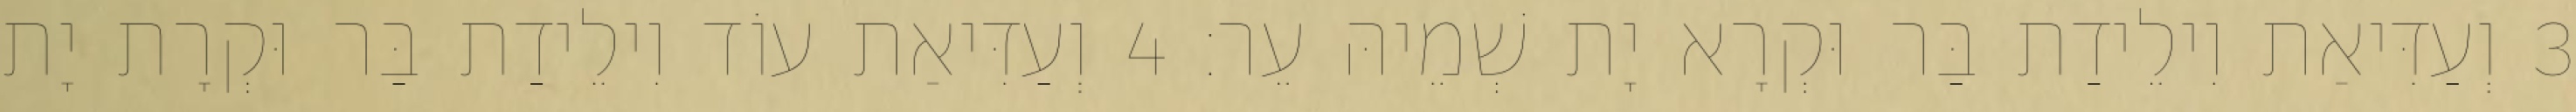
3 וְעַדִּיאַת וִילֵידַת בַּר וּקְרָא יָת שְׁמֵיהּ עֵר׃ 4 וְעַדִּיאַת עוֹד וִילֵידַת בַּר וּקְרָת יָת